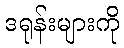
ဒရုန်းများကို